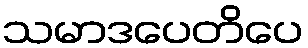
သမာဒပေတိပေ